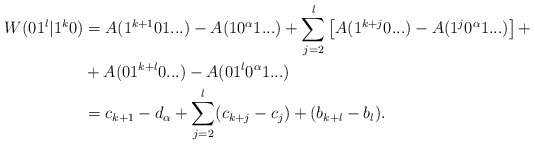
\begin{align*}W( 01^l | 1^k0 ) &= A(1^{k+1}01...) - A(10^\alpha1...) + \sum_{j=2}^l \left[ A(1^{k+j}0...) - A(1^j0^\alpha1...) \right] + \\&+ A(01^{k+l}0...) - A(01^l0^\alpha1...) \\&= c_{k+1} - d_\alpha + \sum_{j=2}^l(c_{k+j} - c_j) + (b_{k+l} - b_l). \end{align*}